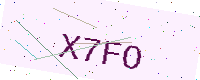
Text: X7FO